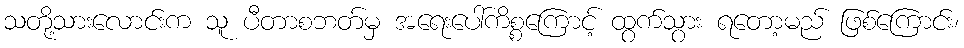
သတို့သားလောင်းက သူ ပီတာစဘတ်မှ အရေးပေါ်ကိစ္စကြောင့် ထွက်သွား ရတော့မည် ဖြစ်ကြောင်း၊